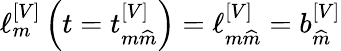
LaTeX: \ell_{m}^{\left[V\right]}\left(t=t_{m\widehat{m}}^{\left[V\right]}\right)=\ell_{m\widehat{m}}^{\left[V\right]}=b_{\widehat{m}}^{\left[V\right]}